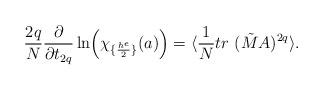
LaTeX: \begin{align*}{2q\over N}{\partial\over \partial t_{2q}}\ln\Bigl(\chi_{\{{h^e\over 2}\}}(a)\Bigr)=\langle {1\over N} tr~(\tilde M A)^{2q} \rangle.\end{align*}